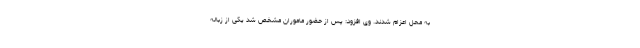
به محل اعزام شدند. وی افزود: پس از حضور ماموران مشخص شد یکی از زباله